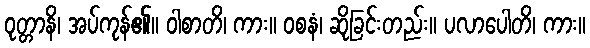
ဝုတ္တာနိ၊ အပ်ကုန်၏။ ဝါစာတိ၊ ကား။ ဝစနံ၊ ဆိုခြင်းတည်း။ ပလာပေါတိ၊ ကား။